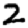
Digit: 2